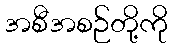
အစီအစဉ်တို့ကို